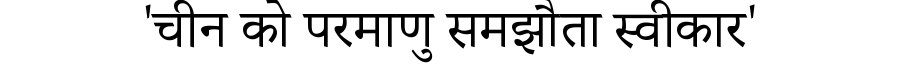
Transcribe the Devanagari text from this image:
'चीन को परमाणु समझौता स्वीकार'